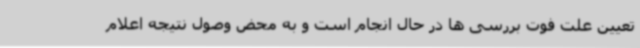
تعیین علت فوت بررسی ها در حال انجام است و به محض وصول نتیجه اعلام